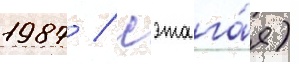
1987 / сэтага́я) -